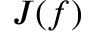
J ( f )